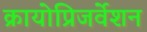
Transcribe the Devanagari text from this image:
क्रायोप्रिजर्वेशन